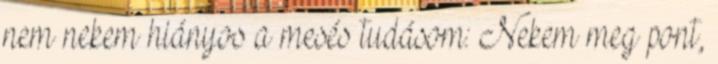
nem nekem hiányos a mesés tudásom: Nekem meg pont,